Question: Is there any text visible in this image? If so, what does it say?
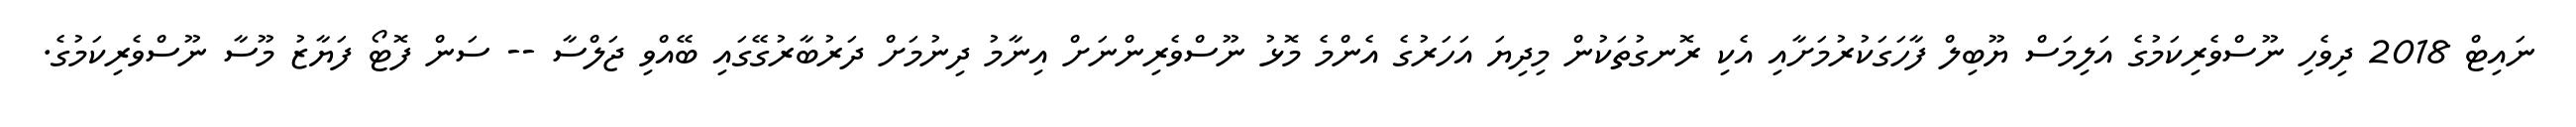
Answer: ނައިޓް 2018 ދިވެހި ނޫސްވެރިކަމުގެ އަލިމަސް ޔޫބިލް ފާހަގަކުރުމަށާއި އެކި ރޮނގުތަކުން މިދިޔަ އަހަރުގެ އެންމެ މޮޅު ނޫސްވެރިންނަށް އިނާމު ދިނުމަށް ދަރުބާރުގޭގައި ބޭއްވި ޖަލްސާ -- ސަން ފޮޓޯ ފަޔާޒު މޫސާ ނޫސްވެރިކަމުގެ.